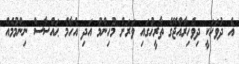
އެ ދުވަހަކީ ދިވެހިރާއްޖޭގެ ތާރީޚުގައި ވަރަށް މުހިންމު އަދި އެހާމެ ޙައްސާސް ނިންމުމެއް